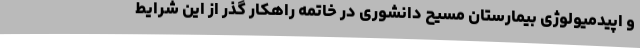
و اپیدمیولوژی بیمارستان مسیح دانشوری در خاتمه راهکار گذر از این شرایط